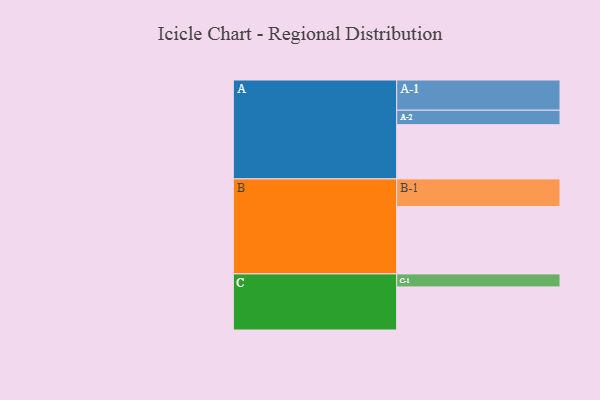
{"axis": {"x": "Segment", "y": "Value"}, "legend": ["", "A", "B", "C"], "data": [{"x": "A", "y": 442, "type": ""}, {"x": "B", "y": 549, "type": ""}, {"x": "C", "y": 351, "type": ""}, {"x": "A-1", "y": 246, "type": "A"}, {"x": "A-2", "y": 118, "type": "A"}, {"x": "B-1", "y": 225, "type": "B"}, {"x": "C-1", "y": 106, "type": "C"}]}